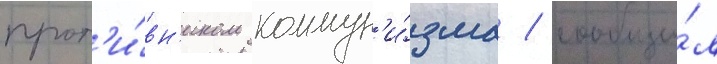
прот'и́вн'иком коммун'и́зма / сообщи́л